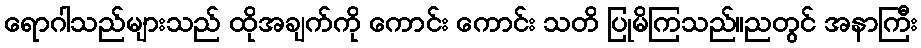
ရောဂါသည်များသည် ထိုအချက်ကို ကောင်း ကောင်း သတိ ပြုမိကြသည်။ညတွင် အနာကြီး